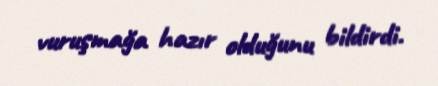
vuruşmağa hazır olduğunu bildirdi.